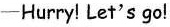
-Hurry! Let's go!